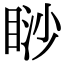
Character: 𥇇